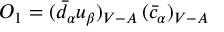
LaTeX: { \cal O } _ { 1 } = ( \bar { d } _ { \alpha } u _ { \beta } ) _ { V - A } \, ( \bar { c } _ { \alpha } ) _ { V - A }